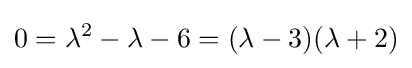
0=\lambda ^{2}-\lambda -6=(\lambda -3)(\lambda +2)